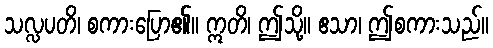
သလ္လပတိ၊ စကားပြော၏။ ဣတိ၊ ဤသို့။ ဧသာ၊ ဤစကားသည်။